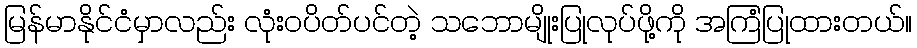
မြန်မာနိုင်ငံမှာလည်း လုံးဝပိတ်ပင်တဲ့ သဘောမျိုးပြုလုပ်ဖို့ကို အကြံပြုထားတယ်။